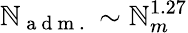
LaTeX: \mathbb{N}_{\mathrm{{~a~d~m~.~}}}\sim\mathbb{N}_{m}^{1.27}